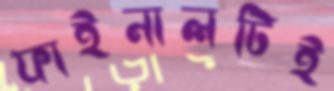
ফাইনালটিই